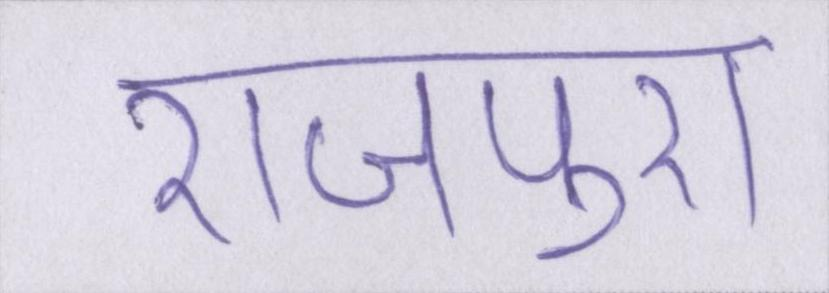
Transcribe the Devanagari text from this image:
राजपुरा